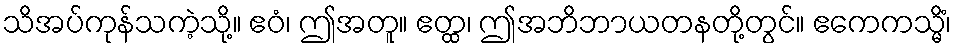
သိအပ်ကုန်သကဲ့သို့။ ဧဝံ၊ ဤအတူ။ ဧတ္ထ၊ ဤအဘိဘာယတနတို့တွင်။ ဧကေကသ္မိံ၊